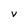
Character: V